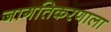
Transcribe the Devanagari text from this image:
जागतिकरणाला